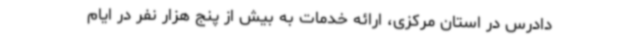
دادرس در استان مرکزی، ارائه خدمات به بیش از پنج هزار نفر در ایام